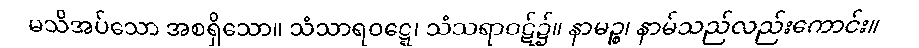
မသိအပ်သော အစရှိသော။ သံသာရဝဋ္ဋေ၊ သံသရာဝဋ်၌။ နာမဉ္စ၊ နာမ်သည်လည်းကောင်း။